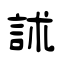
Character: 訹